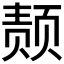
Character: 𫖴